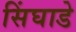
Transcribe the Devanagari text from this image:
सिंघाडे